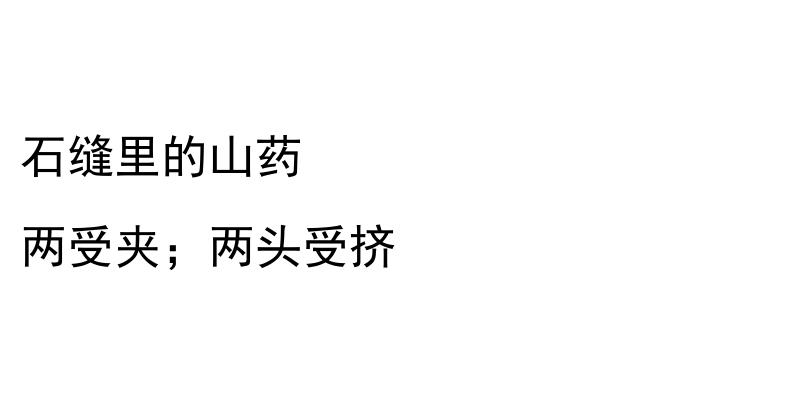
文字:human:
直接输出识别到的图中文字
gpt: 石缝里的山药 两受夹；两头受挤